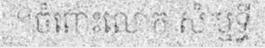
។ចំពោះលោក សំ ឬទ្ធី